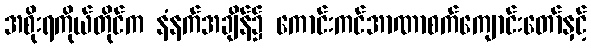
အစိုးရကိုယ်တိုင်က နံနက်အချိန်၌ ကောင်းကင်အာဏာစက်ကျောင်းတော်နှင့်